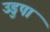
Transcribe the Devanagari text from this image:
उडुपा